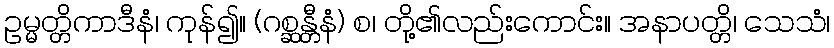
ဥမ္မတ္တိကာဒီနံ၊ ကုန်၍။ (ဂစ္ဆန္တီနံ) စ၊ တို့၏လည်းကောင်း။ အနာပတ္တိ၊ သေသံ၊